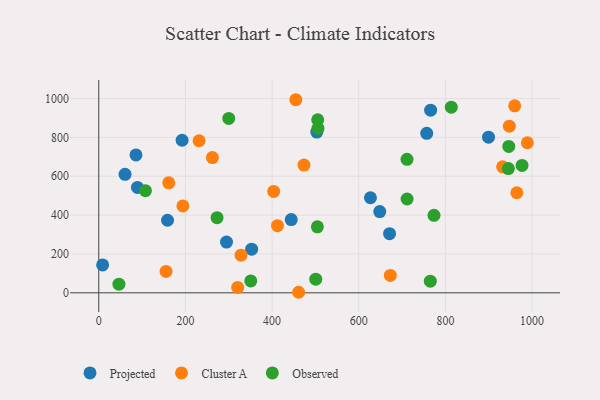
{"axis": {"x": "Price", "y": "Profit"}, "legend": ["Cluster A", "Observed", "Projected"], "data": [{"x": "85.9", "y": 709.7, "type": "Projected"}, {"x": "60.6", "y": 609.9, "type": "Projected"}, {"x": "765.9", "y": 940.0, "type": "Projected"}, {"x": "89.3", "y": 542.7, "type": "Projected"}, {"x": "648.5", "y": 418.4, "type": "Projected"}, {"x": "192.3", "y": 785.3, "type": "Projected"}, {"x": "352.8", "y": 224.5, "type": "Projected"}, {"x": "294.8", "y": 261.2, "type": "Projected"}, {"x": "899.5", "y": 801.1, "type": "Projected"}, {"x": "756.9", "y": 821.1, "type": "Projected"}, {"x": "444.2", "y": 376.9, "type": "Projected"}, {"x": "627.0", "y": 489.4, "type": "Projected"}, {"x": "158.7", "y": 373.5, "type": "Projected"}, {"x": "503.3", "y": 827.4, "type": "Projected"}, {"x": "8.9", "y": 143.8, "type": "Projected"}, {"x": "671.1", "y": 304.5, "type": "Projected"}, {"x": "403.7", "y": 522.0, "type": "Cluster A"}, {"x": "161.5", "y": 566.4, "type": "Cluster A"}, {"x": "454.8", "y": 993.9, "type": "Cluster A"}, {"x": "672.9", "y": 89.7, "type": "Cluster A"}, {"x": "155.3", "y": 110.2, "type": "Cluster A"}, {"x": "412.4", "y": 345.8, "type": "Cluster A"}, {"x": "959.9", "y": 962.3, "type": "Cluster A"}, {"x": "194.1", "y": 447.5, "type": "Cluster A"}, {"x": "461.3", "y": 2.8, "type": "Cluster A"}, {"x": "473.6", "y": 657.6, "type": "Cluster A"}, {"x": "328.3", "y": 193.8, "type": "Cluster A"}, {"x": "947.6", "y": 858.0, "type": "Cluster A"}, {"x": "262.3", "y": 696.2, "type": "Cluster A"}, {"x": "320.6", "y": 27.6, "type": "Cluster A"}, {"x": "932.1", "y": 648.5, "type": "Cluster A"}, {"x": "964.9", "y": 515.1, "type": "Cluster A"}, {"x": "989.2", "y": 772.5, "type": "Cluster A"}, {"x": "231.5", "y": 782.7, "type": "Cluster A"}, {"x": "946.3", "y": 753.7, "type": "Observed"}, {"x": "505.9", "y": 846.4, "type": "Observed"}, {"x": "976.9", "y": 655.9, "type": "Observed"}, {"x": "350.8", "y": 61.4, "type": "Observed"}, {"x": "505.3", "y": 890.2, "type": "Observed"}, {"x": "711.4", "y": 687.3, "type": "Observed"}, {"x": "300.0", "y": 897.8, "type": "Observed"}, {"x": "500.8", "y": 70.2, "type": "Observed"}, {"x": "765.2", "y": 60.0, "type": "Observed"}, {"x": "46.5", "y": 44.6, "type": "Observed"}, {"x": "945.3", "y": 639.6, "type": "Observed"}, {"x": "107.7", "y": 525.8, "type": "Observed"}, {"x": "273.0", "y": 386.9, "type": "Observed"}, {"x": "711.6", "y": 482.8, "type": "Observed"}, {"x": "813.6", "y": 955.8, "type": "Observed"}, {"x": "773.7", "y": 399.0, "type": "Observed"}, {"x": "504.5", "y": 339.6, "type": "Observed"}]}